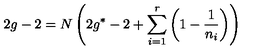
2 g - 2 = N \left( 2 g ^ { * } - 2 + \sum _ { i = 1 } ^ { r } \left( 1 - \frac { 1 } { n _ { i } } \right) \right)